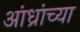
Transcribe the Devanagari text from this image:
आंध्रांच्या